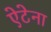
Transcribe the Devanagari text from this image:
ऐटेना